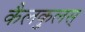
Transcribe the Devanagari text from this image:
कैलकुलस्‌